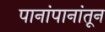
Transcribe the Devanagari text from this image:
पानांपानांतून